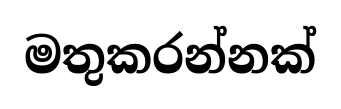
මතුකරන්නක්